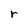
Character: r